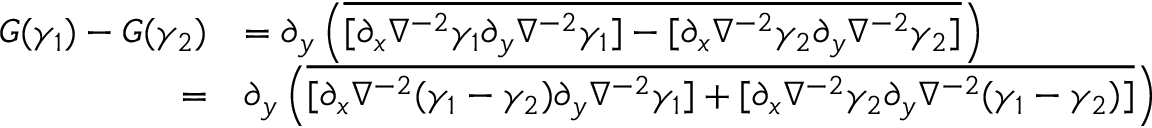
\begin{array} { r l } { G ( \gamma _ { 1 } ) - G ( \gamma _ { 2 } ) } & { = \partial _ { y } \left( \overline { { [ \partial _ { x } \nabla ^ { - 2 } \gamma _ { 1 } \partial _ { y } \nabla ^ { - 2 } \gamma _ { 1 } ] - [ \partial _ { x } \nabla ^ { - 2 } \gamma _ { 2 } \partial _ { y } \nabla ^ { - 2 } \gamma _ { 2 } ] } } \right) } \\ { = } & { \partial _ { y } \left( \overline { { [ \partial _ { x } \nabla ^ { - 2 } ( \gamma _ { 1 } - \gamma _ { 2 } ) \partial _ { y } \nabla ^ { - 2 } \gamma _ { 1 } ] + [ \partial _ { x } \nabla ^ { - 2 } \gamma _ { 2 } \partial _ { y } \nabla ^ { - 2 } ( \gamma _ { 1 } - \gamma _ { 2 } ) ] } } \right) } \end{array}